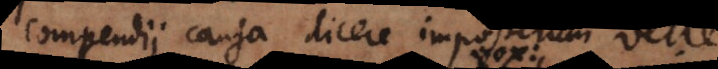
compendii causa dicere imposterum velle